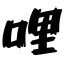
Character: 哩